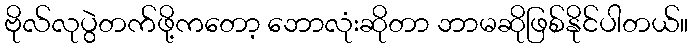
ဗိုလ်လုပွဲတက်ဖို့ကတော့ ဘောလုံးဆိုတာ ဘာမဆိုဖြစ်နိုင်ပါတယ်။